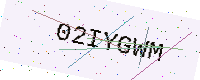
Text: 02IYGWM